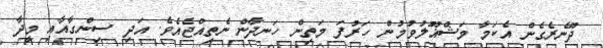
ދޫނެރެގެން އެކަމާ މަޝްޣޫލުވުމުން ހަރުފަ މަތިން ހަނދާން ނެތިއްޖެއެވެ. އަދި ސިންގާއާއި މީދާ